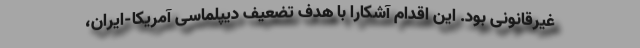
غیرقانونی بود. این اقدام آشکارا با هدف تضعیف دیپلماسی آمریکا-ایران،